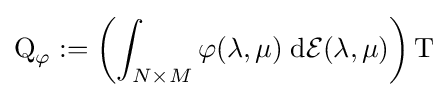
\operatorname {Q} _{\varphi }:=\left(\int _{N\times M}\varphi (\lambda ,\mu )\;\mathrm {d} {\mathcal {E}}(\lambda ,\mu )\right)\operatorname {T}